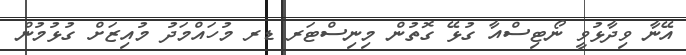
އޭނާ ވިދާޅުވީ ނޯޓިސްއާ ގުޅޭ ގޮތުން މިނިސްޓަރ ޑރ މުހައްމަދު މުއިޒަށް ގުޅުމުން